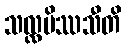
သလ္လပိဿသီတိ